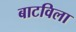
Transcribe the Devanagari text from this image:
बाटविला